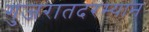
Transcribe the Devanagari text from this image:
गुजरातदरम्यान